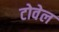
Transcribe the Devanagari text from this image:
टोवेल